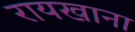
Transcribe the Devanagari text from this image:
रायखाना